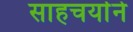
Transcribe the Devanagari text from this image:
साहचर्याने